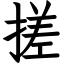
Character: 搓